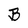
Character: B